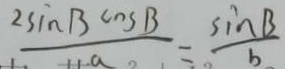
\frac { 2 \sin B \cos B } { a } = \frac { \sin B } { b }